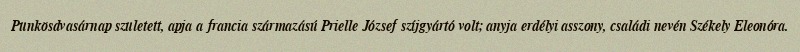
Pünkösdvasárnap született, apja a francia származású Prielle József szíjgyártó volt; anyja erdélyi asszony, családi nevén Székely Eleonóra.